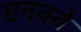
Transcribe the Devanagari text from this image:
एनक्वे